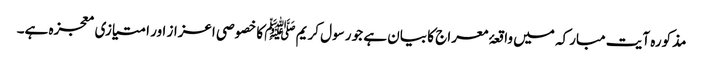
مذکورہ آیت مبارکہ میں واقعۂ معراج کا بیان ہے جو رسول کریم ﷺ کا خصوصی اعزاز اور امتیازی معجزہ ہے۔